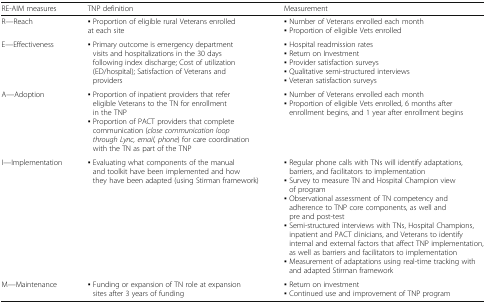
| RE-AIM measures | TNP definition | Measurement |
 | --- | --- | --- |
 | R—Reach | ▪ Proportion of eligible rural Veterans enrolled at each site | ▪ Number of Veterans enrolled each month▪ Proportion of eligible Vets enrolled |
 | E—Effectiveness | ▪ Primary outcome is emergency department visits and hospitalizations in the 30 days following index discharge; Cost of utilization (ED/hospital); Satisfaction of Veterans and providers | ▪ Hospital readmission rates▪ Return on Investment▪ Provider satisfaction surveys▪ Qualitative semi-structured interviews▪ Veteran satisfaction surveys |
 | A—Adoption | ▪ Proportion of inpatient providers that refer eligible Veterans to the TN for enrollment in the TNP▪ Proportion of PACT providers that complete communication (close communication loop through Lync, email, phone) for care coordination with the TN as part of the TNP | ▪ Number of Veterans enrolled each month▪ Proportion of eligible Vets enrolled, 6 months after enrollment begins, and 1 year after enrollment begins |
 | I—Implementation | ▪ Evaluating what components of the manual and toolkit have been implemented and how they have been adapted (using Stirman framework) | ▪ Regular phone calls with TNs will identify adaptations, barriers, and facilitators to implementation▪ Survey to measure TN and Hospital Champion view of program▪ Observational assessment of TN competency and adherence to TNP core components, as well and pre and post-test▪ Semi-structured interviews with TNs, Hospital Champions, inpatient and PACT clinicians, and Veterans to identify internal and external factors that affect TNP implementation, as well as barriers and facilitators to implementation▪ Measurement of adaptations using real-time tracking with and adapted Stirman framework |
 | M—Maintenance | ▪ Funding or expansion of TN role at expansion sites after 3 years of funding | ▪ Return on investment▪ Continued use and improvement of TNP program |